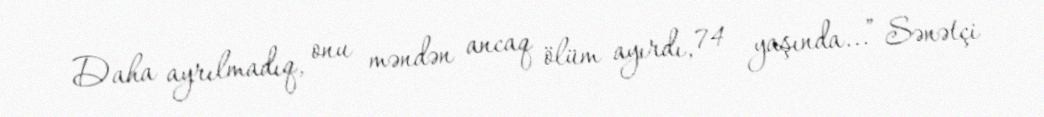
Daha ayrılmadıq, onu məndən ancaq ölüm ayırdı, 74 yaşında...” Sənətçi